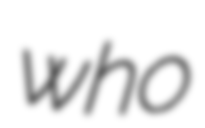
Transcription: who